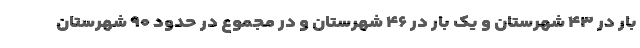
بار در ۴۳ شهرستان و یک بار در ۴۶ شهرستان و در مجموع در حدود ۹۰ شهرستان